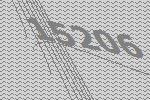
15206